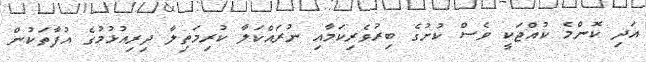
އަދި ކޮންމެ ކުއްޖަކީ ވެސް ކުށުގެ ބިރުވެރިކަމާއި ނުރައްކަލާ ކުރިމަތިލާ ދިރިއުޅުމުގެ އުފާތަކުން